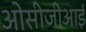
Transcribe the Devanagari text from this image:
ओसीजीआई